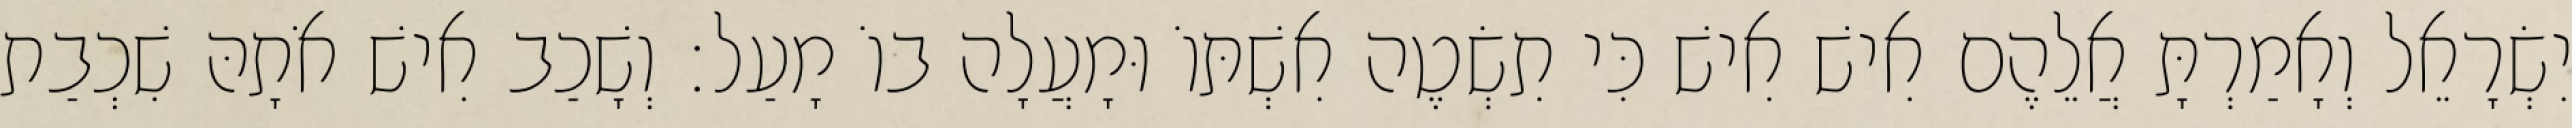
יִשְׂרָאֵל וְאָמַרְתָּ אֲלֵהֶם אִישׁ אִישׁ כִּי תִשְׂטֶה אִשְׁתּוֹ וּמָעֲלָה בוֹ מָעַל׃ וְשָׁכַב אִישׁ אֹתָהּ שִׁכְבַת